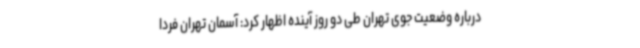
درباره وضعیت جوی تهران طی دو روز آینده اظهار کرد: آسمان تهران فردا